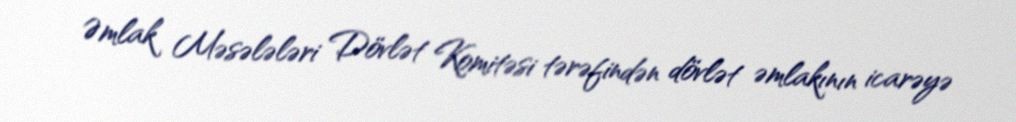
Əmlak Məsələləri Dövlət Komitəsi tərəfindən dövlət əmlakının icarəyə